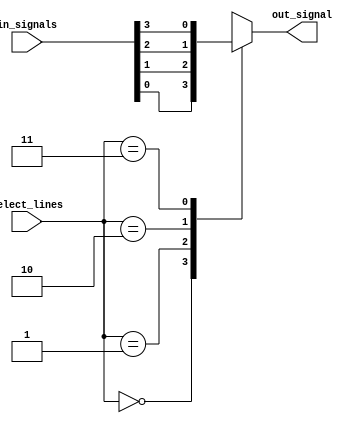
module multiplexer_4to1 (
    input [3:0] in_signals,
    input [1:0] select_lines,
    output reg out_signal
);

always @ (*) begin
    case (select_lines)
        2'b00: out_signal = in_signals[0];
        2'b01: out_signal = in_signals[1];
        2'b10: out_signal = in_signals[2];
        2'b11: out_signal = in_signals[3];
        default: out_signal = 1'b0; // default output value
    endcase
end

endmodule